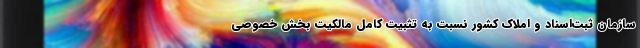
سازمان ثبت‌اسناد و املاک کشور نسبت به تثبیت کامل مالکیت بخش خصوصی